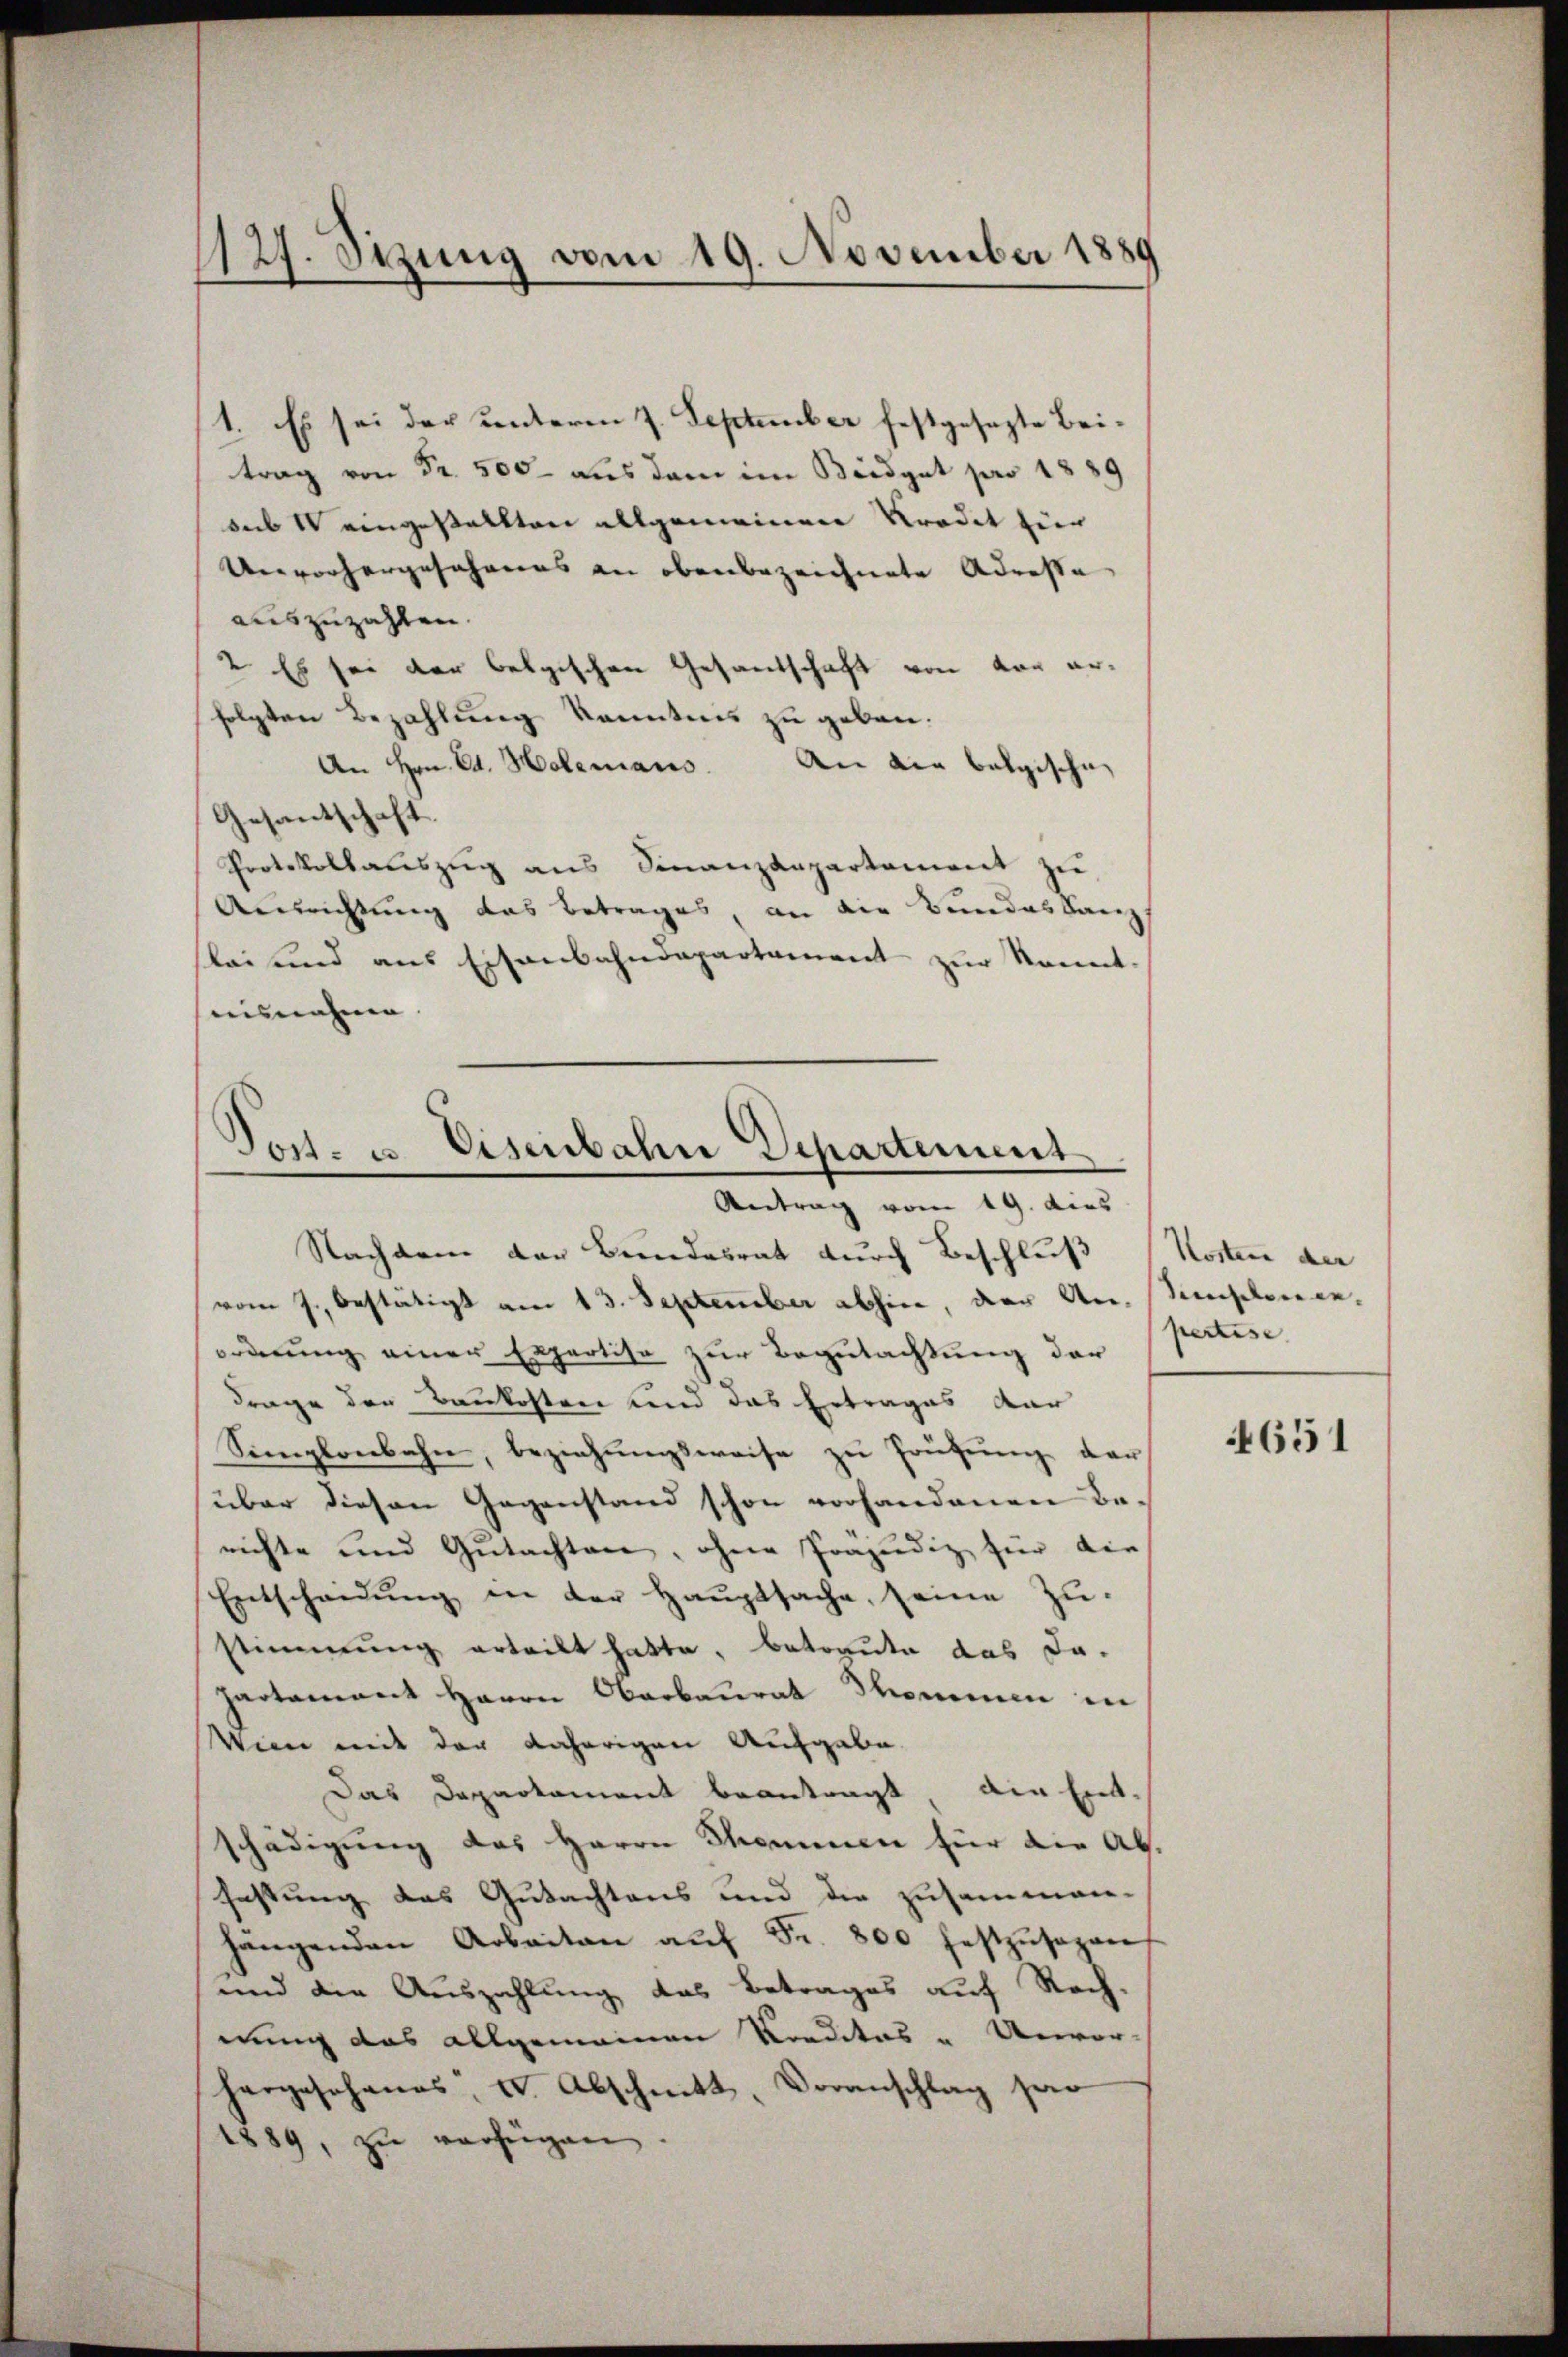
127. Sizung vom 19. November 1889

1. Es sei der unterm 7. September festgesezte Beitrag von Fr. 500 aus dem im Biedget pro 1889
sub I eingestellten allgemeinen Kradet zur
Unvorhergesehenes an obenbezeichnete Adresse
auszuzahlen.
2. Es sei der belgischen Gesandschaft von vor erfolgten Bezahlung kenntnis zu geben.
An Hrn. Ed. Holzmans.
An den belgische |
Gesantschaft
Protokollatiszŭg ans Finanzdepartement zŭ
Ausrichtung das Betrages, an die Bundeskanz
sleis und aus Eisenbahndepartament zur konnt-
ausnahme.
Nachdem der Bundesrat durch Beschluß Kostern der
vom J. bestätigt am 13. September abhin, der An- Simplence
ordnung einer Expertise zur Begutachtung der
Frage der Baukosten und das Ertrages dar
Simplonbahn, beziehungsweise zu Prüfung der
über diesen Gegenstand schon vorhandenen Be-
richte und Gutachten, ohner Präjudiz für die
Entscheidung in der Hauptsache, seine Zustimmung erteilt hatte, betreute das Ja-
partamant Herrn Oberbaurat Thommen in
Wien mit der daherigen Aufgabe.
Das Departament beantragt die Entschädigung des Herrn Thommen für die Ab-
fastung das Gutachtens und der zusammen-
hängenden Arbeiten aŭf Fr. 800 festzŭsagen
und die Auszahlung das Betrages auf Rech-
nung das allgemeinen Kreditas - Unvor-
hargesehenes I. Abschnitt, Voranschlag par
889, zu verfügen

Post- u. Eisenbahn Departement
Antrag vom 19. dies

pertise |

4651